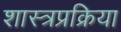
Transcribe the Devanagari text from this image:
शास्त्रप्रक्रिया